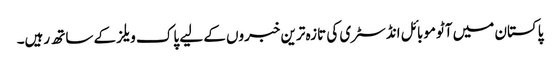
پاکستان میں آٹوموبائل انڈسٹری کی تازہ ترین خبروں کے لیے پاک ویلز کے ساتھ رہیں۔